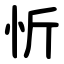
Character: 忻